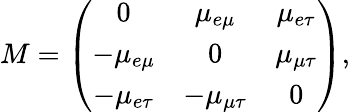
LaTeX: M=\left(\begin{array}{ccc}{{0}}&{{\mu_{e\mu}}}&{{\mu_{e\tau}}}\\ {{-\mu_{e\mu}}}&{{0}}&{{\mu_{\mu\tau}}}\\ {{-\mu_{e\tau}}}&{{-\mu_{\mu\tau}}}&{{0}}\end{array}\right),